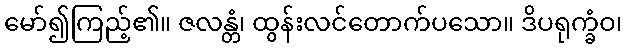
မော်၍ကြည့်၏။ ဇလန္တံ၊ ထွန်းလင်တောက်ပသော။ ဒိပရုက္ခံဝ၊